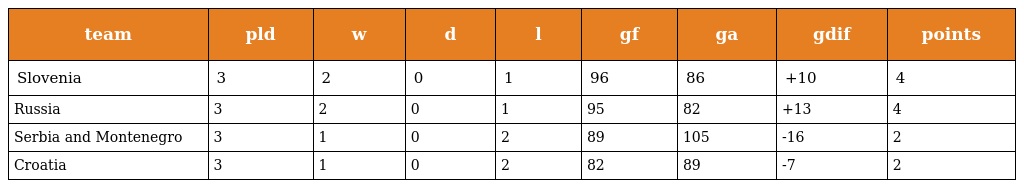
| team | pld | w | d | l | gf | ga | gdif | points |
 | --- | --- | --- | --- | --- | --- | --- | --- | --- |
 | Slovenia | 3 | 2 | 0 | 1 | 96 | 86 | +10 | 4 |
 | Russia | 3 | 2 | 0 | 1 | 95 | 82 | +13 | 4 |
 | Serbia and Montenegro | 3 | 1 | 0 | 2 | 89 | 105 | -16 | 2 |
 | Croatia | 3 | 1 | 0 | 2 | 82 | 89 | -7 | 2 |